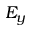
E _ { y }